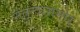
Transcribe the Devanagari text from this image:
नेतृत्वासमोर